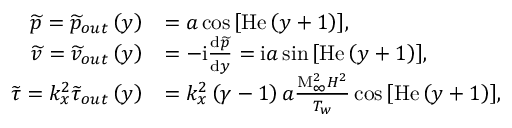
\begin{array} { r l } { \widetilde { p } = \widetilde { p } _ { o u t } \left( y \right) } & { = a \cos { \left[ \mathrm { H e } \left( y + 1 \right) \right] } , } \\ { \widetilde { v } = \widetilde { v } _ { o u t } \left( y \right) } & { = - \mathrm { i } \frac { \mathrm { d } \widetilde { p } } { \mathrm { d } y } = \mathrm { i } a \sin { \left[ \mathrm { H e } \left( y + 1 \right) \right] } , } \\ { \widetilde { \tau } = k _ { x } ^ { 2 } \widetilde { \tau } _ { o u t } \left( y \right) } & { = k _ { x } ^ { 2 } \left( \gamma - 1 \right) a \frac { \mathrm { M } _ { \infty } ^ { 2 } H ^ { 2 } } { T _ { w } } \cos { \left[ \mathrm { H e } \left( y + 1 \right) \right] } , } \end{array}